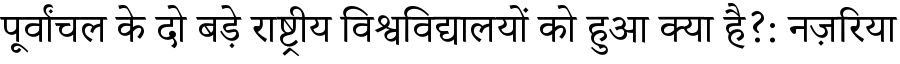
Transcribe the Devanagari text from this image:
पूर्वांचल के दो बड़े राष्ट्रीय विश्वविद्यालयों को हुआ क्या है?: नज़रिया